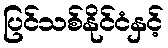
ပြင်သစ်နိုင်ငံနှင့်